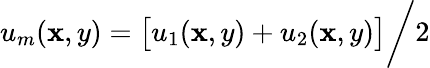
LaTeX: u_{m}(\mathbf{x},y)=\bigl[u_{1}(\mathbf{x},y)+u_{2}(\mathbf{x},y)\bigr]\bigg/2